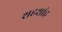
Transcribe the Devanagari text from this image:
शहशांह